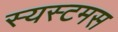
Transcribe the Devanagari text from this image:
स्यस्टमस